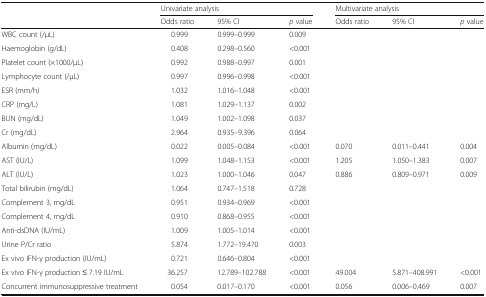
<table><thead><tr><td rowspan="2"></td><td colspan="3"><b>Univariate analysis</b></td><td colspan="3"><b>Multivariate analysis</b></td></tr><tr><td><b>Odds ratio</b></td><td><b>95% CI</b></td><td><b><i>p</i> value</b></td><td><b>Odds ratio</b></td><td><b>95% CI</b></td><td><b><i>p</i> value</b></td></tr></thead><tbody><tr><td>WBC count (/μL)</td><td>0.999</td><td>0.999–0.999</td><td>0.009</td><td></td><td></td><td></td></tr><tr><td>Haemoglobin (g/dL)</td><td>0.408</td><td>0.298–0.560</td><td>&lt;0.001</td><td></td><td></td><td></td></tr><tr><td>Platelet count (×1000/μL)</td><td>0.992</td><td>0.988–0.997</td><td>0.001</td><td></td><td></td><td></td></tr><tr><td>Lymphocyte count (/μL)</td><td>0.997</td><td>0.996–0.998</td><td>&lt;0.001</td><td></td><td></td><td></td></tr><tr><td>ESR (mm/h)</td><td>1.032</td><td>1.016–1.048</td><td>&lt;0.001</td><td></td><td></td><td></td></tr><tr><td>CRP (mg/L)</td><td>1.081</td><td>1.029–1.137</td><td>0.002</td><td></td><td></td><td></td></tr><tr><td>BUN (mg/dL)</td><td>1.049</td><td>1.002–1.098</td><td>0.037</td><td></td><td></td><td></td></tr><tr><td>Cr (mg/dL)</td><td>2.964</td><td>0.935–9.396</td><td>0.064</td><td></td><td></td><td></td></tr><tr><td>Albumin (mg/dL)</td><td>0.022</td><td>0.005–0.084</td><td>&lt;0.001</td><td>0.070</td><td>0.011–0.441</td><td>0.004</td></tr><tr><td>AST (IU/L)</td><td>1.099</td><td>1.048–1.153</td><td>&lt;0.001</td><td>1.205</td><td>1.050–1.383</td><td>0.007</td></tr><tr><td>ALT (IU/L)</td><td>1.023</td><td>1.000–1.046</td><td>0.047</td><td>0.886</td><td>0.809–0.971</td><td>0.009</td></tr><tr><td>Total bilirubin (mg/dL)</td><td>1.064</td><td>0.747–1.518</td><td>0.728</td><td></td><td></td><td></td></tr><tr><td>Complement 3, mg/dL</td><td>0.951</td><td>0.934–0.969</td><td>&lt;0.001</td><td></td><td></td><td></td></tr><tr><td>Complement 4, mg/dL</td><td>0.910</td><td>0.868–0.955</td><td>&lt;0.001</td><td></td><td></td><td></td></tr><tr><td>Anti-dsDNA (IU/mL)</td><td>1.009</td><td>1.005–1.014</td><td>&lt;0.001</td><td></td><td></td><td></td></tr><tr><td>Urine P/Cr ratio</td><td>5.874</td><td>1.772–19.470</td><td>0.003</td><td></td><td></td><td></td></tr><tr><td>Ex vivo IFN-γ production (IU/mL)</td><td>0.721</td><td>0.646–0.804</td><td>&lt;0.001</td><td></td><td></td><td></td></tr><tr><td>Ex vivo IFN-γ production ≤ 7.19 IU/mL</td><td>36.257</td><td>12.789–102.788</td><td>&lt;0.001</td><td>49.004</td><td>5.871–408.991</td><td>&lt;0.001</td></tr><tr><td>Concurrent immunosuppressive treatment</td><td>0.054</td><td>0.017–0.170</td><td>&lt;0.001</td><td>0.056</td><td>0.006–0.469</td><td>0.007</td></tr></tbody></table>